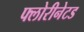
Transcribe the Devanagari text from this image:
फ्लोरीनेटड